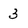
Character: 3